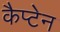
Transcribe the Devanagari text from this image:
कैप्‍टेन